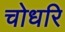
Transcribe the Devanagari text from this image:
चोधरि